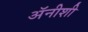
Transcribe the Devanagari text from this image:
अॅनीशी